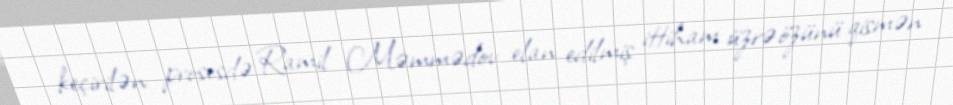
keçirilən prosesdə Ramil Məmmədov elan edilmiş ittiham üzrə özünü qismən